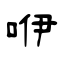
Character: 咿